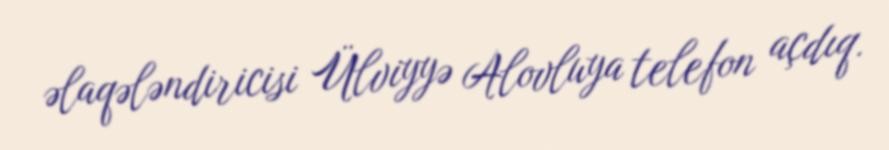
əlaqələndiricisi Ülviyyə Alovluya telefon açdıq.